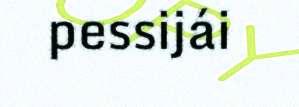
pessijái